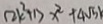
( 2 k ^ { 2 } + 1 ) x ^ { 2 } + 4 \sqrt { 5 }